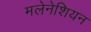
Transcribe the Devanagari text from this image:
मलेनेशियन